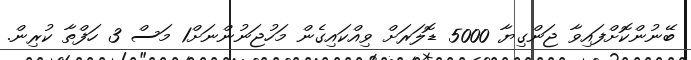
ބޭނުންކޮށްފައިވާ ޖަންގިޔާ 5000 ޑޮލަރަށް ވިއްކައިގެން މަހުޖަނުންނަށް1 މަސް 3 ހަފްތާ ކުރިން.